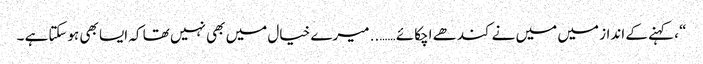
“ ، کہنے کے انداز میں میں نے کندھے اچکائے …….. میرے خیال میں بھی نہیں تھا کہ ایسا بھی ہوسکتاہے ۔